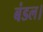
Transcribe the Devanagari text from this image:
बंडल।